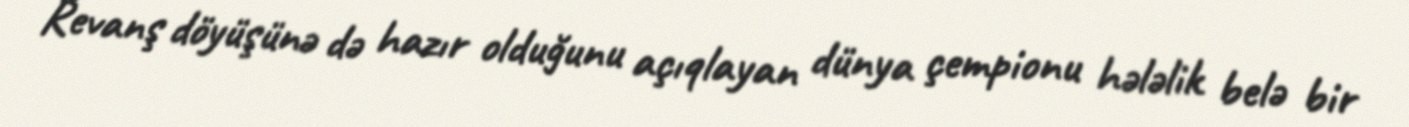
Revanş döyüşünə də hazır olduğunu açıqlayan dünya çempionu hələlik belə bir